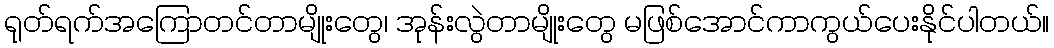
ရုတ်ရက်အကြောတင်တာမျိုးတွေ၊ အုန်းလွဲတာမျိုးတွေ မဖြစ်အောင်ကာကွယ်ပေးနိုင်ပါတယ်။